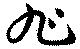
旭